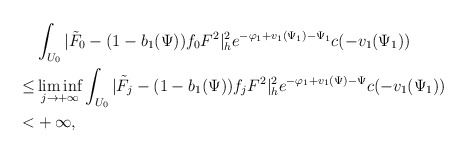
\begin{align*} &\int_{U_0}|\tilde{F}_0-(1-b_{1}(\Psi))f_0F^{2}|^2_he^{-\varphi_1+v_{1}(\Psi_1)-\Psi_1}c(-v_{1}(\Psi_1)) \\ \le & \liminf_{j\to+\infty} \int_{U_0}|\tilde{F}_j-(1-b_{1}(\Psi))f_jF^{2}|^2_he^{-\varphi_1+v_{1}(\Psi)-\Psi}c(-v_{1}(\Psi_1)) \\ < &+\infty, \end{align*}